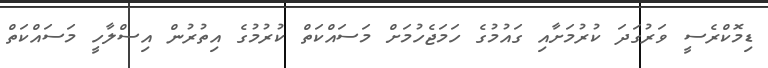
ޑިމޮކްރެސީ ވަރުގަދަ ކުރުމަށާއި ގައުމުގެ ހަމަޖެހުމަށް މަސައްކަތް ކުރުމުގެ އިތުރުން އިސްލާހީ މަސައްކަތް